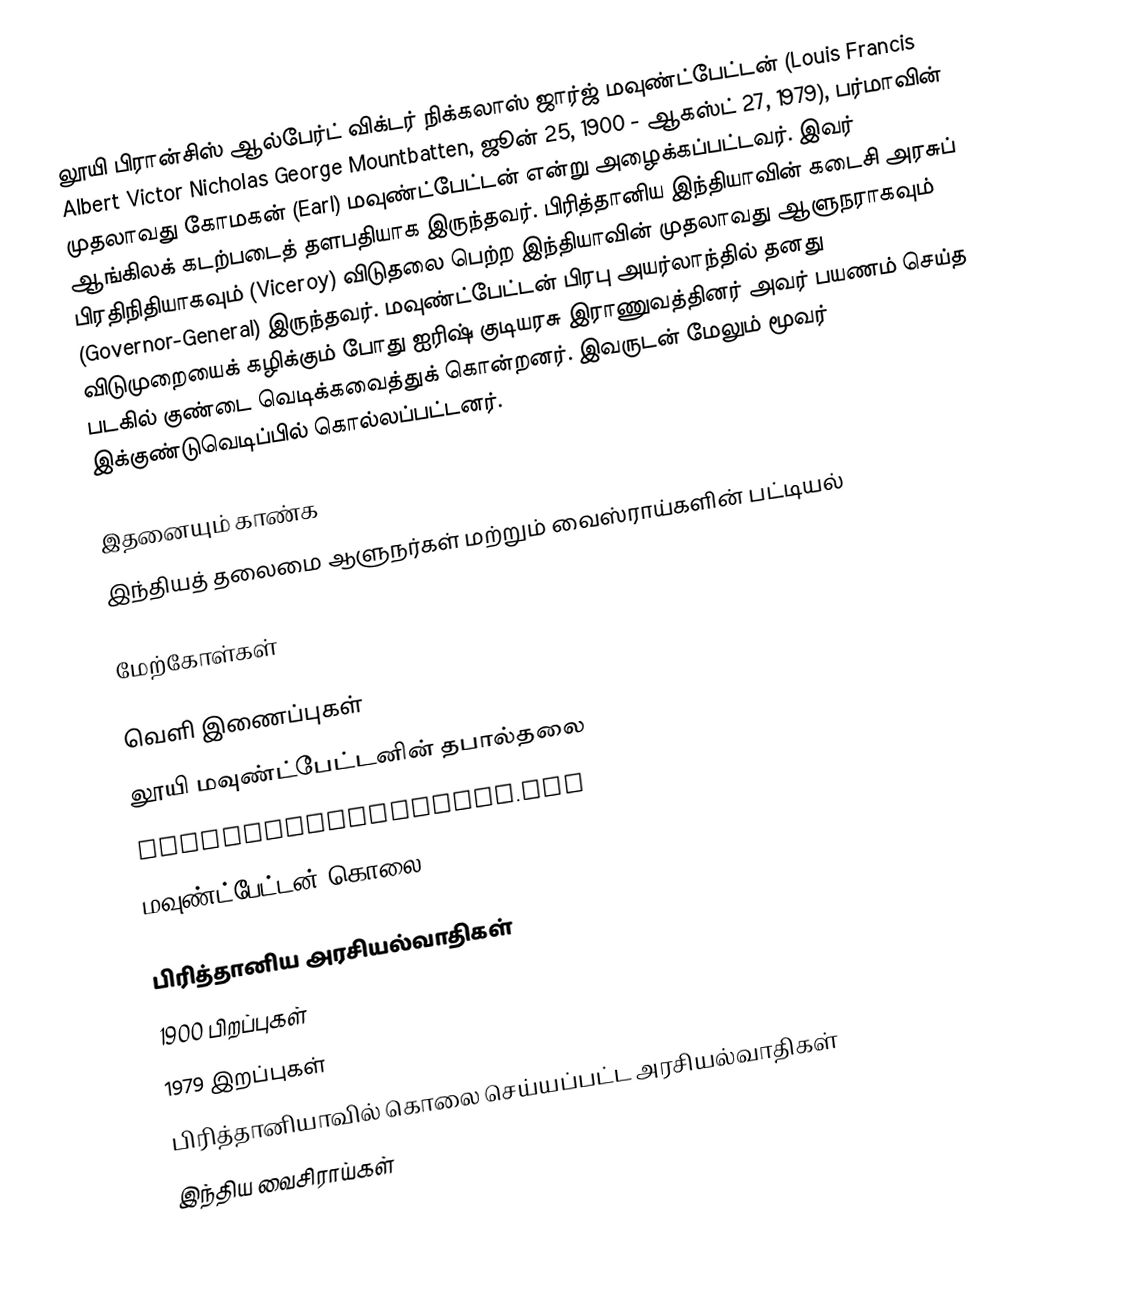
லூயி பிரான்சிஸ் ஆல்பேர்ட் விக்டர் நிக்கலாஸ் ஜார்ஜ் மவுண்ட்பேட்டன் (Louis Francis Albert Victor Nicholas George Mountbatten, ஜூன் 25, 1900 - ஆகஸ்ட் 27, 1979), பர்மாவின் முதலாவது கோமகன் (Earl) மவுண்ட்பேட்டன் என்று அழைக்கப்பட்டவர். இவர் ஆங்கிலக் கடற்படைத் தளபதியாக இருந்தவர். பிரித்தானிய இந்தியாவின் கடைசி அரசுப் பிரதிநிதியாகவும் (Viceroy) விடுதலை பெற்ற இந்தியாவின் முதலாவது ஆளுநராகவும் (Governor-General) இருந்தவர். மவுண்ட்பேட்டன் பிரபு அயர்லாந்தில் தனது விடுமுறையைக் கழிக்கும் போது ஐரிஷ் குடியரசு இராணுவத்தினர் அவர் பயணம் செய்த படகில் குண்டை வெடிக்கவைத்துக் கொன்றனர். இவருடன் மேலும் மூவர் இக்குண்டுவெடிப்பில் கொல்லப்பட்டனர்.

இதனையும் காண்க
 இந்தியத் தலைமை ஆளுநர்கள் மற்றும் வைஸ்ராய்களின் பட்டியல்

மேற்கோள்கள்

வெளி இணைப்புகள்
 லூயி மவுண்ட்பேட்டனின் தபால்தலை
 mountbattenofburma.com
 மவுண்ட்பேட்டன் கொலை

பிரித்தானிய அரசியல்வாதிகள்
1900 பிறப்புகள்
1979 இறப்புகள்
பிரித்தானியாவில் கொலை செய்யப்பட்ட அரசியல்வாதிகள்
இந்திய வைசிராய்கள்